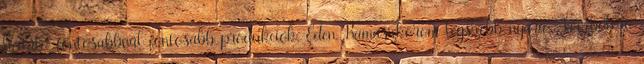
licitáló, fontosabbnál fontosabb produkciók, Éden, Kamaszkorom legszebb nyara, Jazzbolero